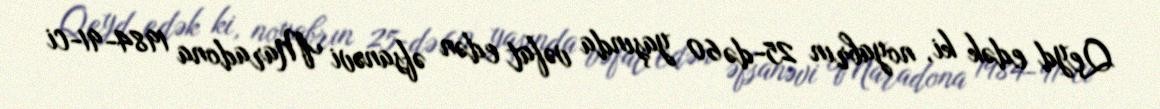
Qeyd edək ki, noyabrın 25-də 60 yaşında vəfat edən əfsanəvi Maradona 1984-91-ci